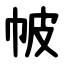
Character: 帔